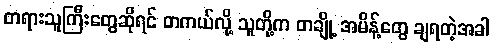
တရားသူကြီးတွေဆိုရင် တကယ်လို့ သူတို့က တချို့ အမိန့်တွေ ချရတဲ့အခါ